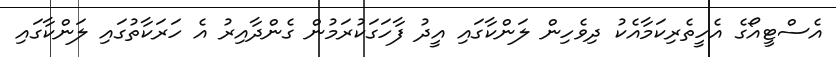
އެސްޓީއޯގެ އެހީތެރިކަމާއެކު ދިވެހިން ލަންކާގައި އީދު ފާހަގަކުރަމުން ގެންދާއިރު އެ ހަރަކާތުގައި ލަންކާގައި